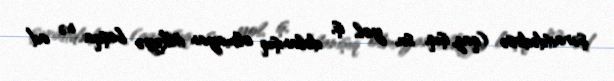
şəraitdədirsə (qaz, işıq, su, yol, iş, dolanışıq olmayan ölkəyə başqa nə ad